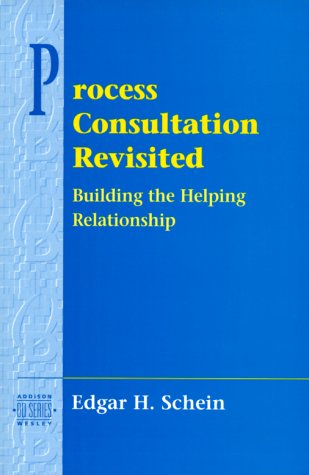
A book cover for Process Consultation Revisited: Building the Helping Relationship (Prentice Hall Organizational Development Series); Edgar H. Schein; Business & Money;